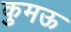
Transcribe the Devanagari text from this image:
कुमऊ